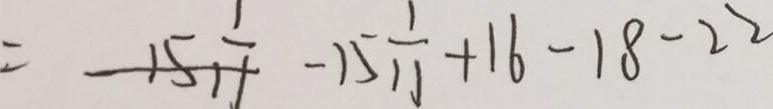
= 1 5 \frac { 1 } { 1 1 } - 1 5 \frac { 1 } { 1 1 } + 1 6 - 1 8 - 2 2